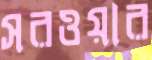
সরওয়ার